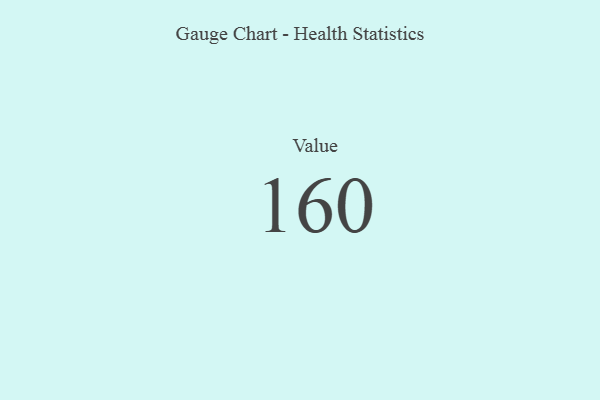
{"axis": {"x": "Metric", "y": "Value"}, "legend": [""], "data": [{"x": "Value", "y": 160, "type": ""}]}